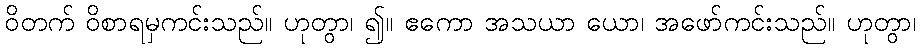
ဝိတက် ဝိစာရမှကင်းသည်။ ဟုတွာ၊ ၍။ ဧကော အသယာ ယော၊ အဖော်ကင်းသည်။ ဟုတွာ၊